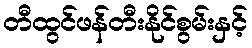
တီထွင်ဖန်တီးနိုင်စွမ်းနှင့်